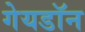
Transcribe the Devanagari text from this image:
गेयडॉन